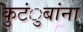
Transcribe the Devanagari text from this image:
कुटंुबांना